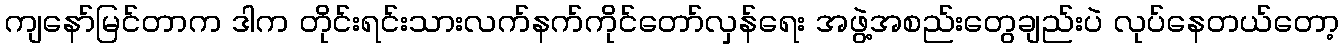
ကျနော်မြင်တာက ဒါက တိုင်းရင်းသားလက်နက်ကိုင်တော်လှန်ရေး အဖွဲ့အစည်းတွေချည်းပဲ လုပ်နေတယ်တော့